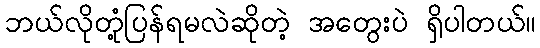
ဘယ်လိုတုံ့ပြန်ရမလဲဆိုတဲ့ အတွေးပဲ ရှိပါတယ်။